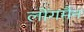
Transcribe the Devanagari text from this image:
लोंगमैन